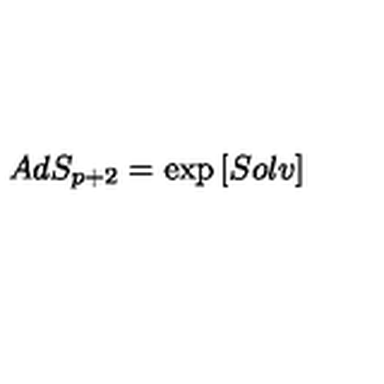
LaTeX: A d S _ { p + 2 } = \exp \left[ S o l v \right]